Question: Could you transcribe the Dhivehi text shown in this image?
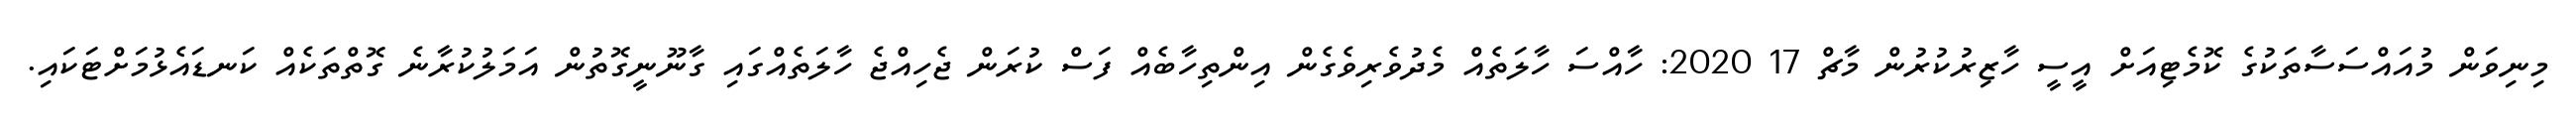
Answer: މިނިވަން މުއައްސަސާތަކުގެ ކޮމެޓިއަށް އީސީ ހާޒިރުކުރުން މާޗް 17 2020: ހާއްސަ ހާލަތެއް މެދުވެރިވެގެން އިންތިހާބެއް ފަސް ކުރަން ޖެހިއްޖެ ހާލަތެއްގައި ގާނޫނީގޮތުން އަމަލުކުރާނެ ގޮތްތަކެއް ކަނޑައެޅުމަށްޓަކައި.